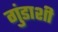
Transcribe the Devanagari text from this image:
गुंडाशी